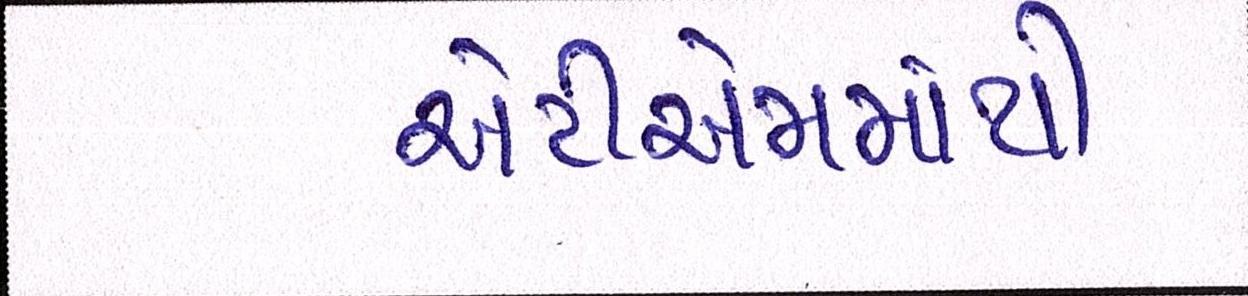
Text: એટીએમમાંથી